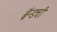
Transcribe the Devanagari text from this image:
ब्रॅन्डची